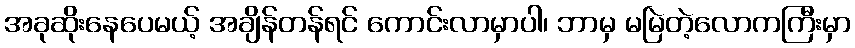
အခုဆိုးနေပေမယ့် အချိန်တန်ရင် ကောင်းလာမှာပါ၊ ဘာမှ မမြဲတဲ့လောကကြီးမှာ